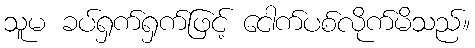
သူမ ခပ်ရှက်ရှက်ဖြင့် ငေါက်ပစ်လိုက်မိသည်။